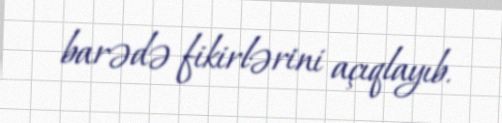
barədə fikirlərini açıqlayıb.